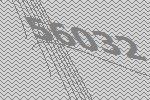
56032